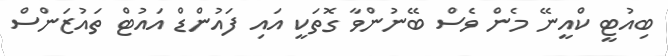
ބިއުޓީ ކްއީނޭ މެން ވެސް ބޭނުންވާ ގޮތަކީ އައި ފައުންޑް އައުޓް ތައުޒަންސް